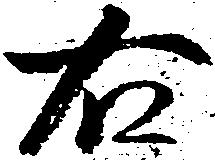
右